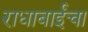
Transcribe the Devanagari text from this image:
राधाबाईंचा